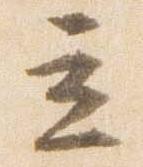
立